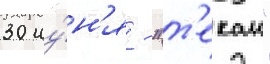
30 иу́н'я - "т'екаи"